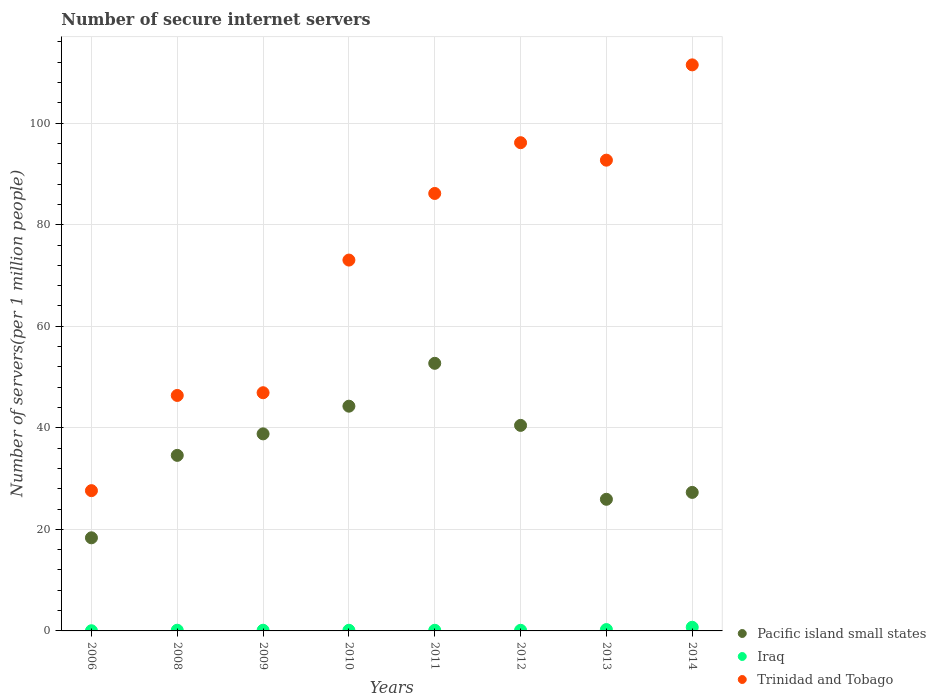
| Years | Pacific island small states | Iraq | Trinidad and Tobago |
 | --- | --- | --- | --- |
 | 2006 | 18.3 | 0.0361 | 27.6 |
 | 2008 | 34.6 | 0.137 | 46.4 |
 | 2009 | 38.8 | 0.133 | 46.9 |
 | 2010 | 44.3 | 0.13 | 73 |
 | 2011 | 52.7 | 0.126 | 86.2 |
 | 2012 | 40.5 | 0.122 | 96.2 |
 | 2013 | 25.9 | 0.266 | 92.7 |
 | 2014 | 27.3 | 0.718 | 111 |